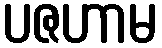
ပဇဟာမ